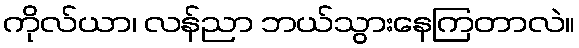
ကိုလ်ယာ၊ လန်ညာ ဘယ်သွားနေကြတာလဲ။